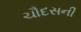
ચૌદસની